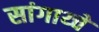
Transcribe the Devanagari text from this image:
सांगाय्चे